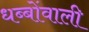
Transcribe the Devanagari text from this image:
धब्बोंवाली